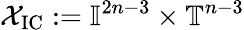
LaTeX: \mathcal{X}_{\mathrm{IC}}:=\mathbb{I}^{2n-3}\times\mathbb{T}^{n-3}